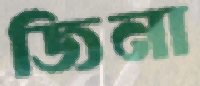
জিনা